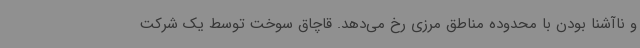
و ناآشنا بودن با محدوده مناطق مرزی رخ می‌دهد. قاچاق سوخت توسط یک شرکت